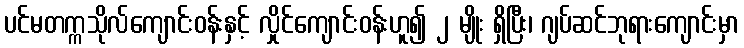
ပင်မတက္ကသိုလ်ကျောင်းဝန်းနှင့် လှိုင်ကျောင်းဝန်းဟူ၍ ၂ မျိုး ရှိပြီး၊ ဂျပ်ဆင်ဘုရားကျောင်းမှာ